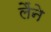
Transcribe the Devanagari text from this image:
लैंने